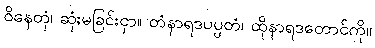
ဝိနေတုံ၊ ဆုံးမခြင်းငှာ။ တံနာရဒပပ္ပတံ၊ ထိုနာရဒတောင်ကို။